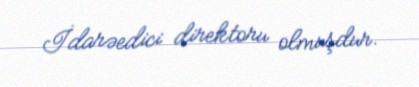
İdarəedici direktoru olmuşdur.